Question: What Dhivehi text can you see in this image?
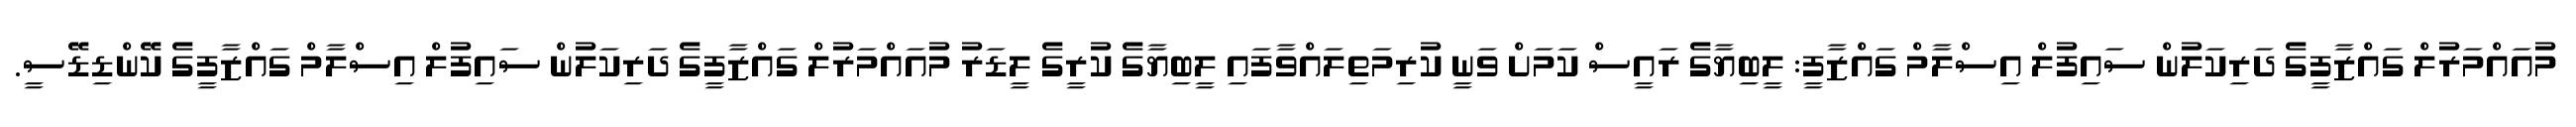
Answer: މުއައްމަރުލް ގައްޒާފީގެ ދަރިކަލުން ސައިފުލް އިސްލާމް ގައްޒާފީ: ލީބިޔާގެ ރައީސް ކަމަށް ވަނީ ކުރިމަތިލައްވާފައި ލީބިޔާގެ ކުރީގެ ލީޑަރު މުއައްމަރުލް ގައްޒާފީގެ ދަރިކަލުން ސައިފުލް އިސްލާމް ގައްޒާފީގެ ކޭންޑިޑޭސީ.